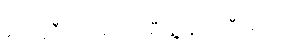
ပေါ်တူဂီတပ်များက မီးရှို့ ဖျက်ဆီးခဲ့သည်။